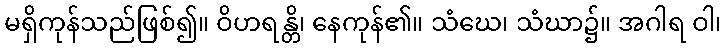
မရှိကုန်သည်ဖြစ်၍။ ဝိဟရန္တိ၊ နေကုန်၏။ သံဃေ၊ သံဃာ၌။ အဂါရ ဝါ၊